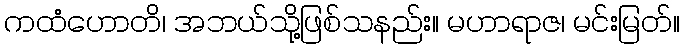
ကထံဟောတိ၊ အဘယ်သို့ဖြစ်သနည်း။ မဟာရာဇ၊ မင်းမြတ်။